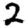
Digit: 2